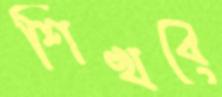
শিখবে